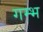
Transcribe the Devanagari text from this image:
गम्भ